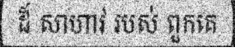
ដ៏ សាហាវ របស់ ពួកគេ